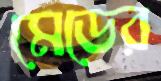
মেডের